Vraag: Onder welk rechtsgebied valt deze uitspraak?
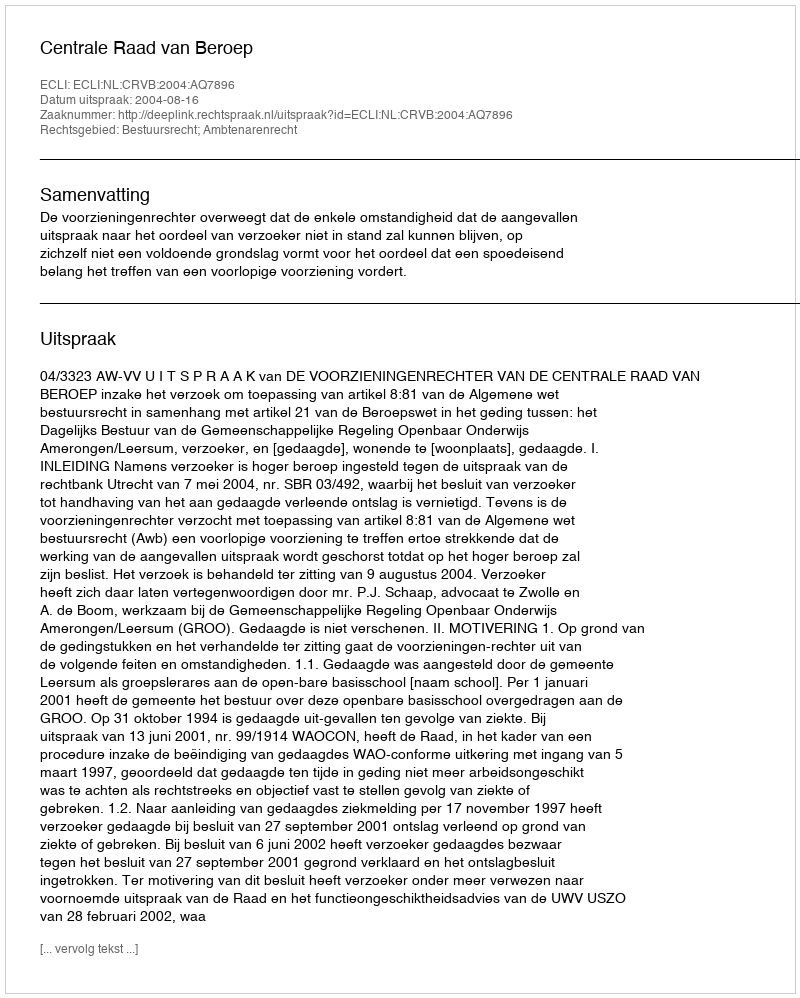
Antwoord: Bestuursrecht; Ambtenarenrecht